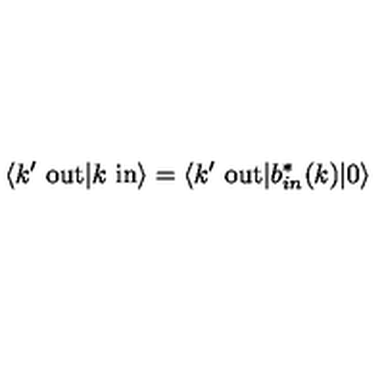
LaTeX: \langle k ^ { \prime } \ \mathrm { o u t } | k \ \mathrm { i n } \rangle = \langle k ^ { \prime } \ \mathrm { o u t } | b _ { i n } ^ { * } ( k ) | 0 \rangle